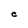
Character: C